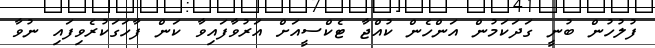
ފުލުހުން ބުނީ ގަދަކަމުން އަންހެން ކުއްޖާ ޓެކްސީއަށް އަރުވާފައިވާ ކަން ފާހަގަކުރެވިފައި ނުވާ